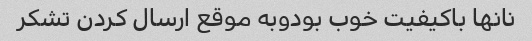
نانها باکیفیت خوب بودوبه موقع ارسال کردن تشکر